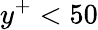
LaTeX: y^{+}<50